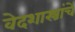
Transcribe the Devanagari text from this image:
वेदशास्त्रांचें